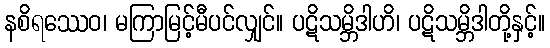
နစိရဿေဝ၊ မကြာမြင့်မီပင်လျှင်။ ပဋိသမ္ဘိဒါဟိ၊ ပဋိသမ္ဘိဒါတို့နှင့်။